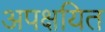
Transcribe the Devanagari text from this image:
अपक्षयित